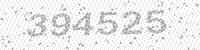
Solution: 394525